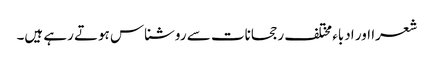
شعرا اور ادباء مختلف رجحانات سے روشناس ہوتے رہے ہیں۔